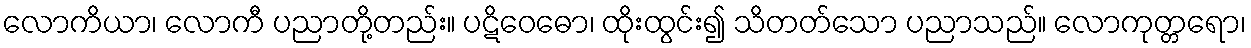
လောကိယာ၊ လောကီ ပညာတို့တည်း။ ပဋိဝေဓော၊ ထိုးထွင်း၍ သိတတ်သော ပညာသည်။ လောကုတ္တရော၊